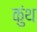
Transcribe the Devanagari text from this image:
कुंथ